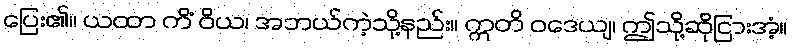
ပြေး၏။ ယထာ ကိံ ဝိယ၊ အဘယ်ကဲ့သို့နည်း။ ဣတိ ဝဒေယျ၊ ဤသို့ဆိုငြားအံ့။